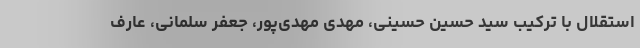
استقلال با ترکیب سید حسین حسینی، مهدی مهدی‌پور، جعفر سلمانی، عارف